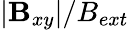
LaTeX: |\mathbf{B}_{xy}|/B_{ext}